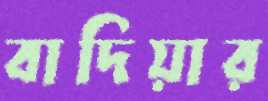
বাদিয়ার